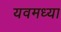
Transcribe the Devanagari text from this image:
यवमध्या